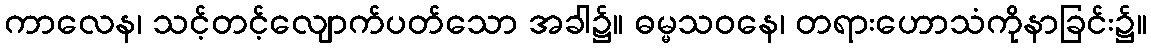
ကာလေန၊ သင့်တင့်လျောက်ပတ်သော အခါ၌။ ဓမ္မသဝနေ၊ တရားဟောသံကိုနာခြင်း၌။